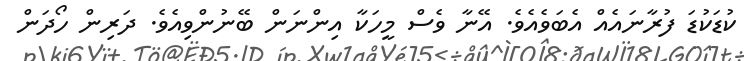
ކުޑަކުޑަ ފުރާނައެއް އެބަވެއެވެ. އޭނާ ވެސް މީހަކާ އިންނަން ބޭނުންވިއެވެ. ދަރިން ހޯދަން